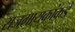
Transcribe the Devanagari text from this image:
राजगायकांकडे